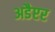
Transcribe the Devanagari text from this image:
अडैप्टर